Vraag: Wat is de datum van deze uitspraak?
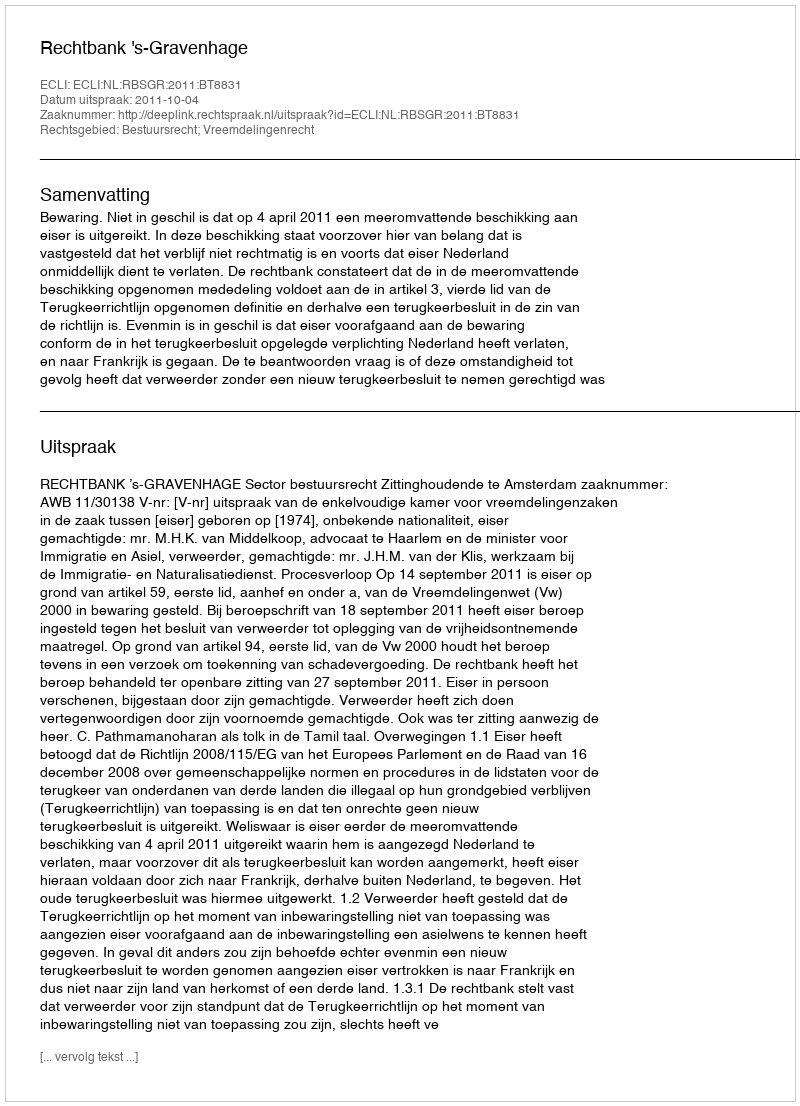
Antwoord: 2011-10-04